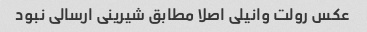
عکس رولت وانیلی اصلا مطابق شیرینی ارسالی نبود